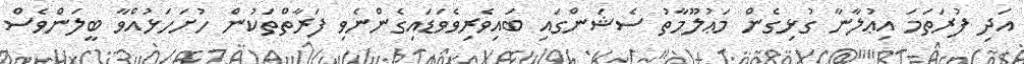
އަދި ފުރަތަމަ އިޢުލާނާ ގުޅިގެން މަޢުލޫމާތު ސެޝަންގައި ބައިވެރިވެވަޑައިގެންނެވި ފަރާތްތަކުން ހުށަހަޅުއްވާ ބީލަންވެސް